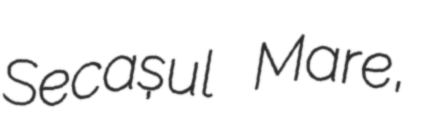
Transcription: Secașul Mare,